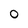
Character: 0